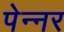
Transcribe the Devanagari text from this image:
पेन्नर